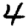
Digit: 4